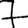
Digit: 7